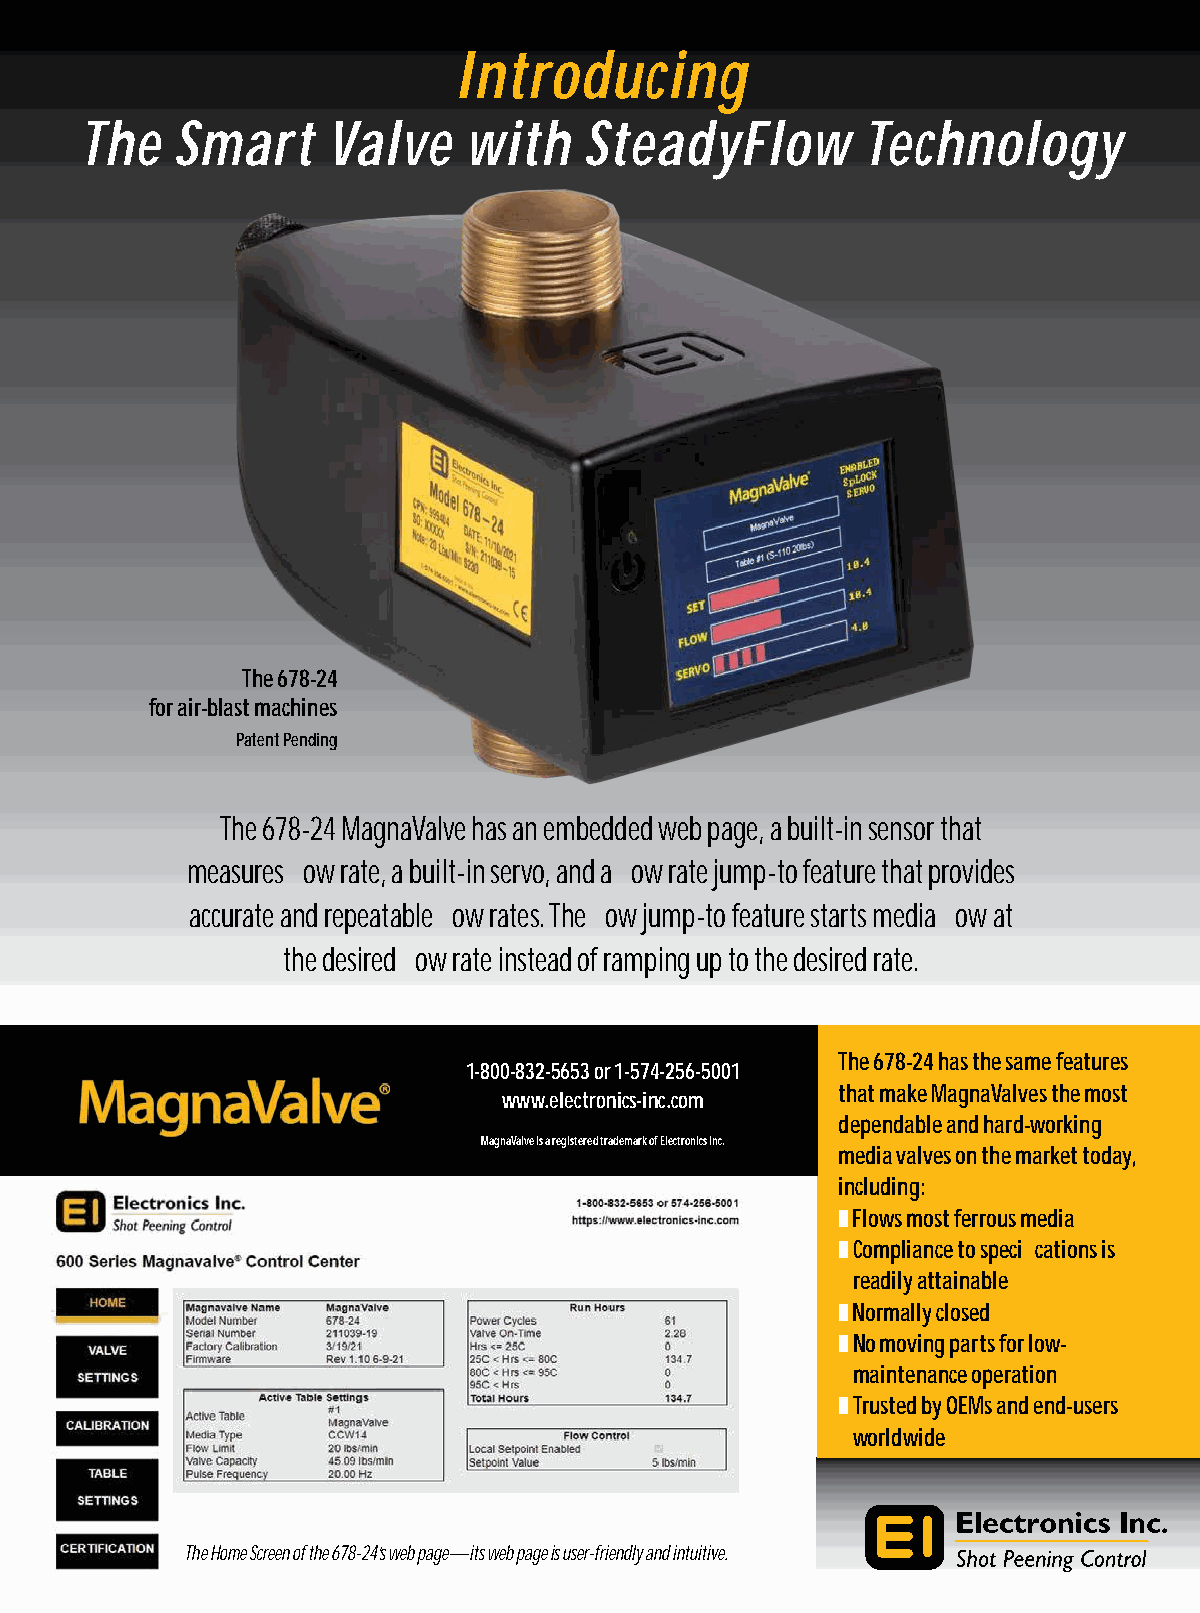
Introducing
 The   Smart      Valve    with    SteadyFlow        Technology
 The 678-24
 for air-blast machines
 Patent Pending
 The 678-24 MagnaValve has an embedded web page, a built-in sensor that
 measures flow rate, a built-in servo, and a flow rate jump-to feature that provides
 accurate and repeatable flow rates. The flow jump-to feature starts media flow at
 the desired flow rate instead of ramping up to the desired rate.
 The 678-24 has the same features
 1-800-832-5653 or 1-574-256-5001
 that make MagnaValves the most
 www.electronics-inc.com
 dependable and hard-working
 MagnaValve is a registered trademark of Electronics Inc.
 media valves on the market today,
 including:
 ❚ Flows most ferrous media
 ❚ Compliance to specifications is
 readily attainable
 ❚ Normally closed
 ❚ No moving parts for low-
 maintenance operation
 ❚ Trusted by OEMs and end-users
 worldwide
 The Home Screen of the 678-24’s web page—its web page is user-friendly and intuitive. 19
 Winter 2022 | The Shot Peener